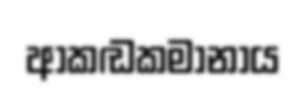
ආකඬකමානාය